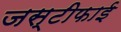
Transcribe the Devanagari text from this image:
जस्टीफाई